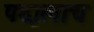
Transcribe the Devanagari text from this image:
पदालाच